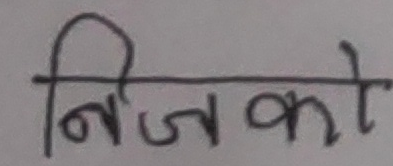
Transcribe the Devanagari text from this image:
निजको